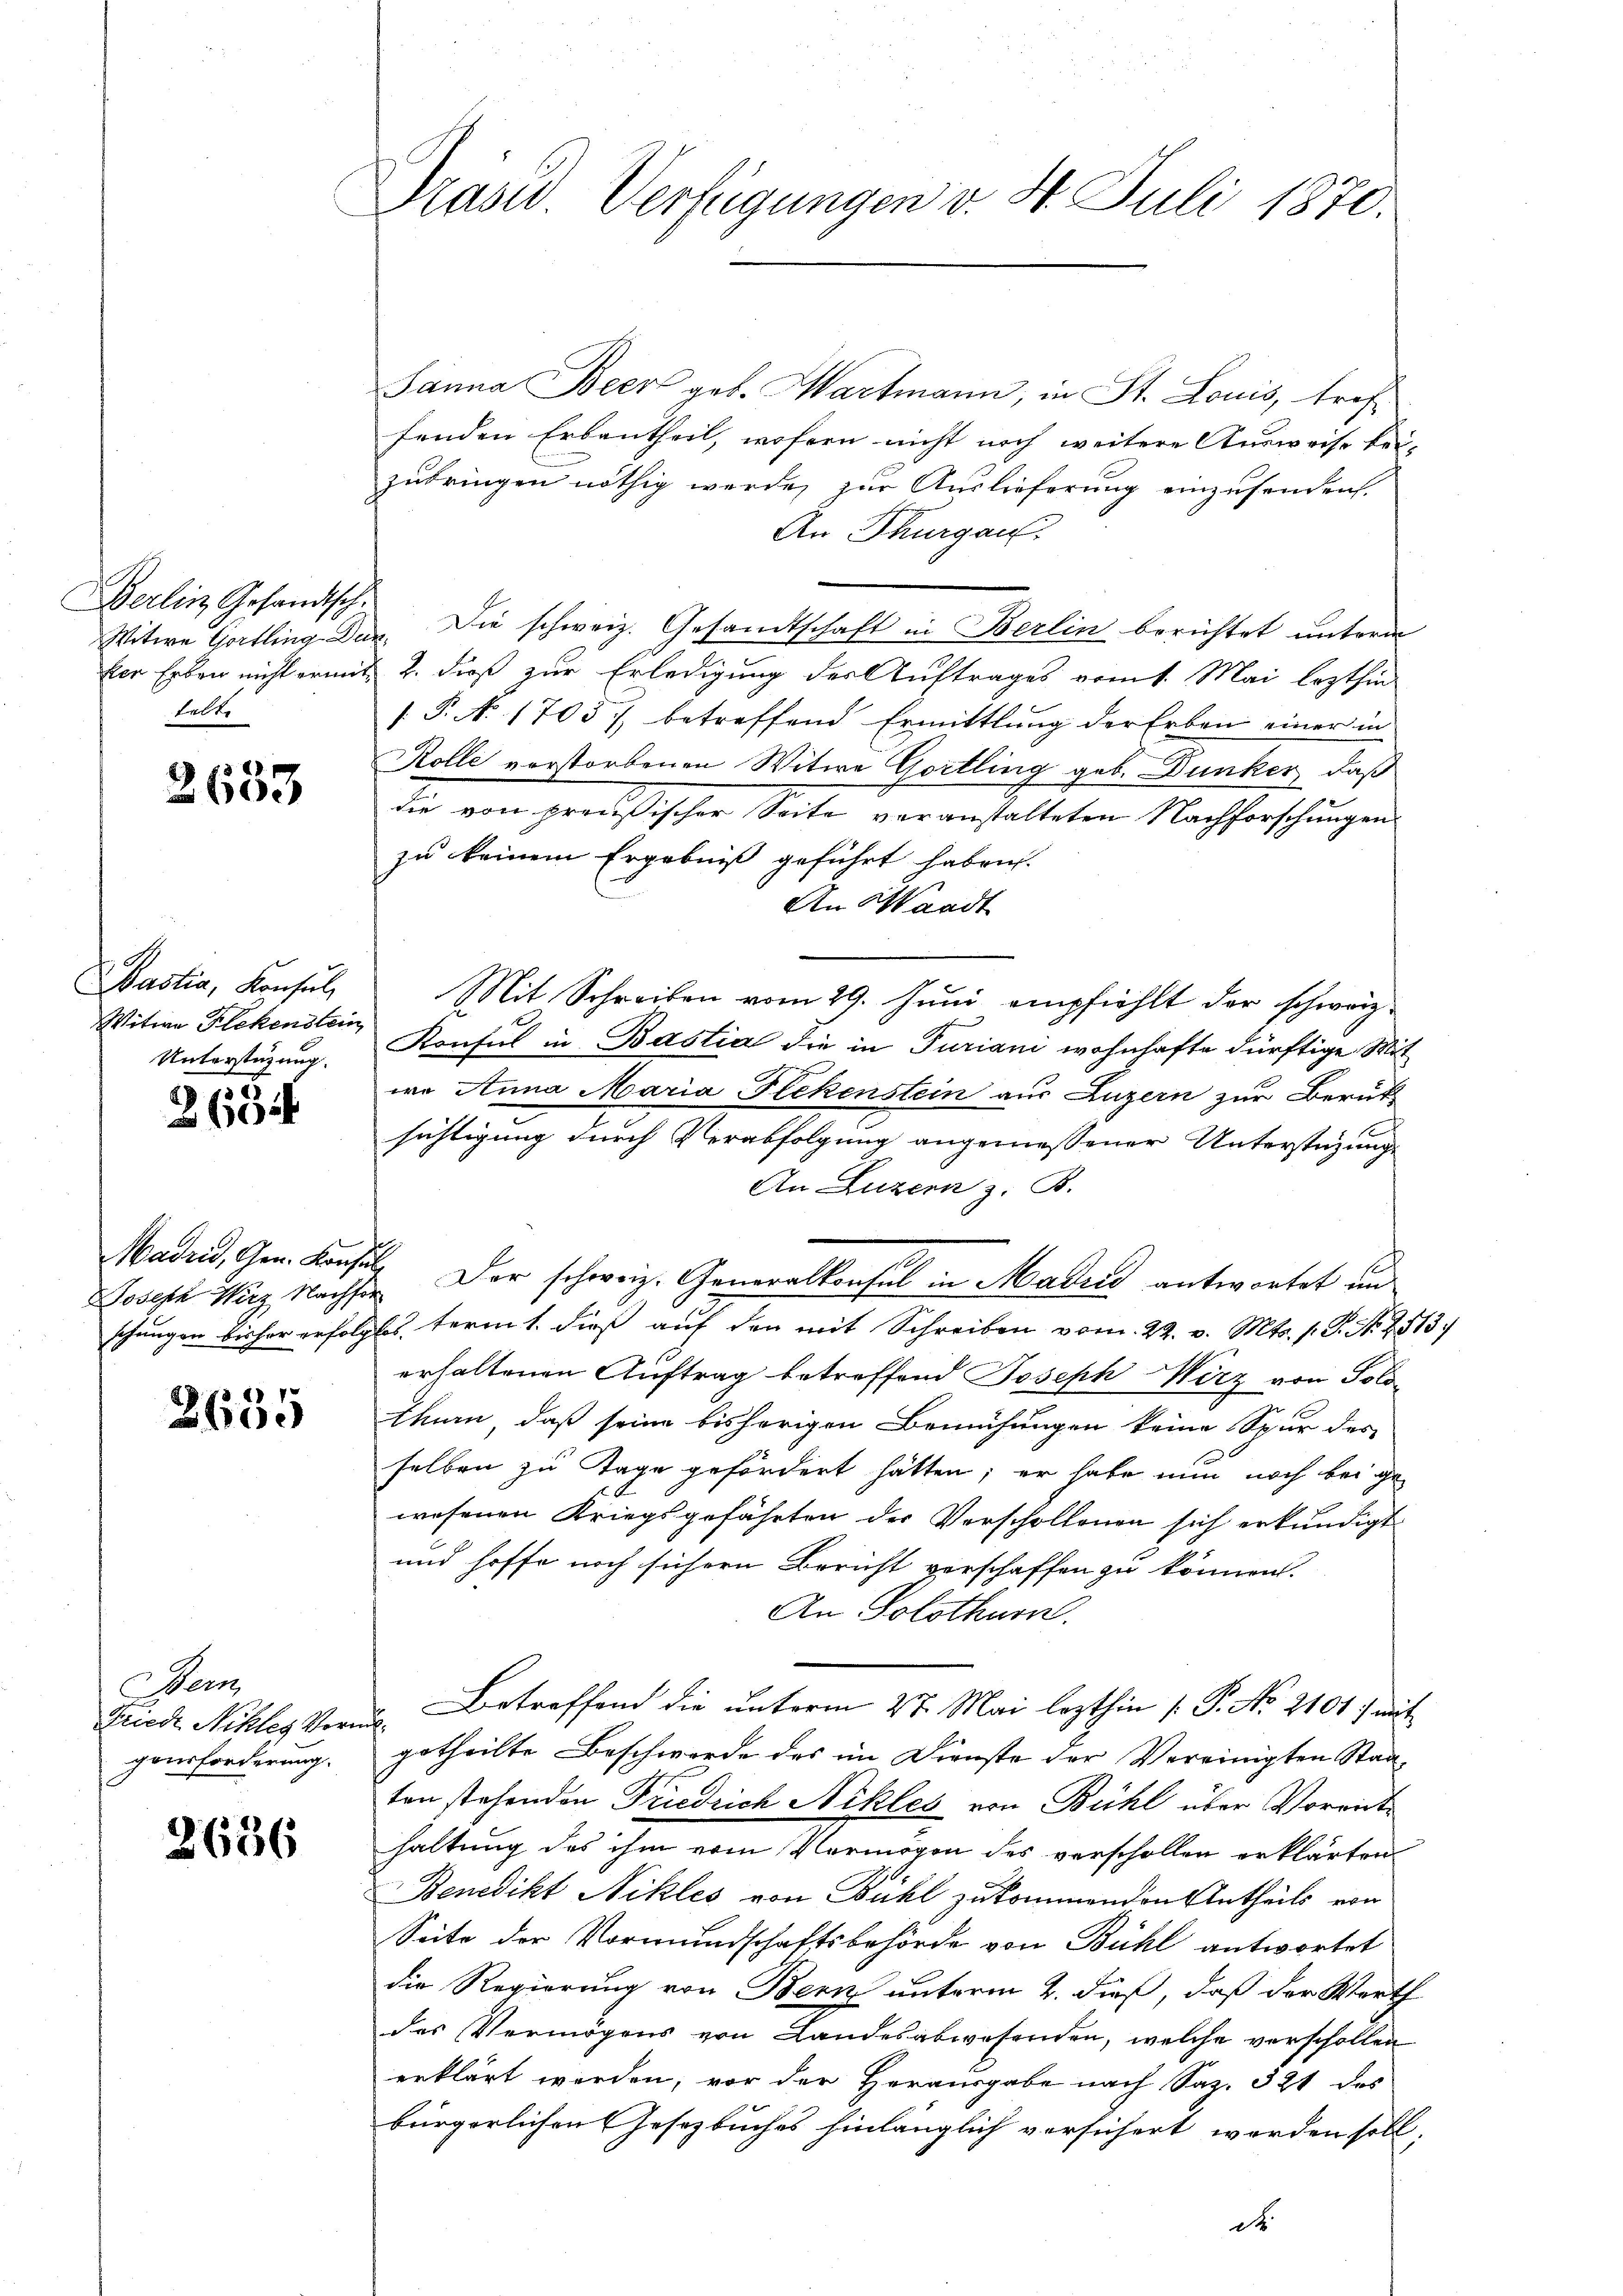
Berlin Gesandtsch.
Lelt,

2633

Bastia, Konsul,
Unterstüzung.

55
2604

Joseph Wirz Nachfor

2635

Dem
Friede Schles Vormitgensforderung.

3636

Präsid. Verfügungen v. 8. Juli 1870.

Janna Beer geb. Martmann, in St. Louis, treffenden Erbantheil, wofern nicht noch weitere Ausweise bei-
zubringen nöthig werde, zur Auslieferung einzusenden.
An Thurgau.
Witwe Gortling. Dez. Die schweiz. Gesandtschaft in Berlin berichtet unterm
ker Erben nicht ermit 2. dieß zur Erledigung der Auftrages vom 1. Mai lezthin
/. P. N. 1705) betreffend Ermittlung der Erben einer in
Kolle verstorbenen Witwe Gortling geb. Dunker, daß
die von preußischer Seite veranstalteten Nachforschungen
zu keinem Ergebniß geführt haben.
An Waadt
Mit Schreiben vom 29. Juni empfiehlt der schweiz¬
Witwe Flekenstein Konsul in Bastia die in Turiani wohnhafte dürftige Mitt
wa Anna Maria Flekenstein aus Luzern zur Berük-
sichtigung durch Verabfolgung angemessener Unterstüzungs
An Luzern z. B.
Madrid, Gem. Konsil. Der schweiz. Generalkonsul in Madeis antwortet un
schungen bisher erfolglos term 1. dieß auf den mit Schreiben vom 22. v. Mts. 1. P. Nr. 2513.
erhaltenen Auftrag betreffend Joseph Wirz von Solothurn, daß seine bisherigen Bemühungen keine Spur des
selben zu Tage gefördert hätten; er habe nun noch bei ge
wesenen Kriegsgefährten der Verschollenen sich erkundigt
und hoffe noch sichern Bericht verschaffen zu können.
An Solothurn.
Betreffend die unterm 27. Mai lezthin /: P. No. 2101) mit
getheilte Beschwerde des im Dienste der Vereinigten Staaten stehenden Friedrich Nikles von Bühl über Vorenthaltung des ihm vom Vermögen des verschollen erklärten
Benedikt Nikles von Bühl zukommenden Antheils von
Seite der Vormundschaftsbehörde von Bühl antwortet
die Regierung von Bern unterm 2. dieß, daß der Werth
des Vermögens von Landesabwesenden, welche verschollen
erklärt werden, vor der Herausgabe nach Saz. 321 des
bürgerlichen Gesetzbuches hinlänglich versichert worden soll.
dt